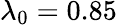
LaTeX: \lambda_{0}=0.85